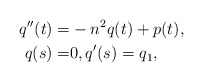
\begin{align*}q''(t)=&-n^2q(t)+p(t),\\q(s)=&0,q'(s)=q_1,\end{align*}